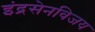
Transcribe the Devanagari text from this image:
इंद्रसेनविजय